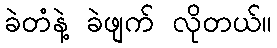
ခဲတံနဲ့ ခဲဖျက် လိုတယ်။